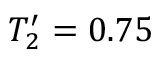
T _ { 2 } ^ { \prime } = 0 . 7 5